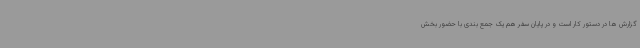
گزارش ها در دستور کار است و در پایان سفر هم یک جمع بندی با حضور بخش